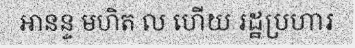
អានន្ទ មហិត ល ហើយ រដ្ឋប្រហារ